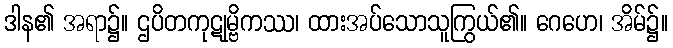
ဒါန၏ အရာ၌။ ဌပိတကုဋုမ္ဗိကဿ၊ ထားအပ်သောသူကြွယ်၏။ ဂေဟေ၊ အိမ်၌။